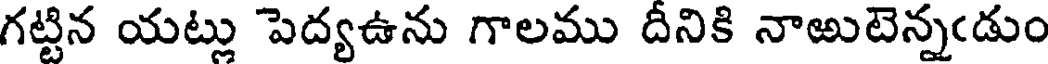
గట్టిన యట్లు పెద్యఉను గాలము దీనికి నాఱుటెన్నఁడుం